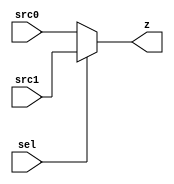
module mux_nbit (sel, src0, src1, z);
  parameter n = 0;
  input sel;
  input [n-1:0] src0;
  input [n-1:0] src1;
  output reg [n-1:0] z;
  

  always @(sel or src0 or src1)
      begin
        if (sel == 1'b0) z <= src0;
        else z <= src1;
      end
   
endmodule